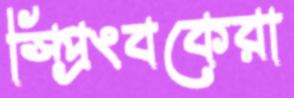
স্প্রিংবকেরা